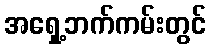
အရှေ့ဘက်ကမ်းတွင်